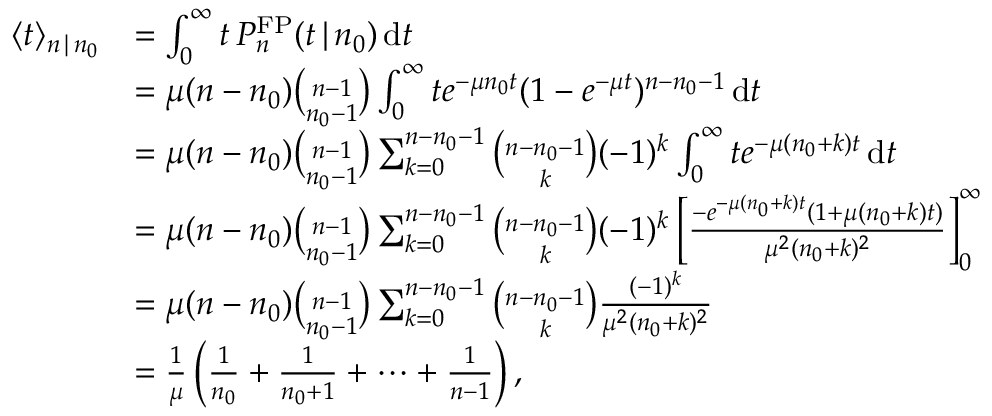
\begin{array} { r l } { \langle t \rangle _ { n \, | \, n _ { 0 } } } & { = \int _ { 0 } ^ { \infty } t \, P _ { n } ^ { \mathrm { F P } } ( t \, | \, n _ { 0 } ) \, \mathrm { d } t } \\ & { = \mu ( n - n _ { 0 } ) { \binom { n - 1 } { n _ { 0 } - 1 } } \int _ { 0 } ^ { \infty } t e ^ { - \mu n _ { 0 } t } ( 1 - e ^ { - \mu t } ) ^ { n - n _ { 0 } - 1 } \, \mathrm { d } t } \\ & { = \mu ( n - n _ { 0 } ) { \binom { n - 1 } { n _ { 0 } - 1 } } \sum _ { k = 0 } ^ { n - n _ { 0 } - 1 } { \binom { n - n _ { 0 } - 1 } { k } } ( - 1 ) ^ { k } \int _ { 0 } ^ { \infty } t e ^ { - \mu ( n _ { 0 } + k ) t } \, \mathrm { d } t } \\ & { = \mu ( n - n _ { 0 } ) { \binom { n - 1 } { n _ { 0 } - 1 } } \sum _ { k = 0 } ^ { n - n _ { 0 } - 1 } { \binom { n - n _ { 0 } - 1 } { k } } ( - 1 ) ^ { k } \left[ \frac { - e ^ { - \mu ( n _ { 0 } + k ) t } ( 1 + \mu ( n _ { 0 } + k ) t ) } { \mu ^ { 2 } ( n _ { 0 } + k ) ^ { 2 } } \right] _ { 0 } ^ { \infty } } \\ & { = \mu ( n - n _ { 0 } ) { \binom { n - 1 } { n _ { 0 } - 1 } } \sum _ { k = 0 } ^ { n - n _ { 0 } - 1 } { \binom { n - n _ { 0 } - 1 } { k } } \frac { ( - 1 ) ^ { k } } { \mu ^ { 2 } ( n _ { 0 } + k ) ^ { 2 } } } \\ & { = \frac { 1 } { \mu } \left( \frac { 1 } { n _ { 0 } } + \frac { 1 } { n _ { 0 } + 1 } + \cdots + \frac { 1 } { n - 1 } \right) , } \end{array}